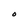
Character: O